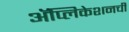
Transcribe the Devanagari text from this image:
अॅप्लिकेशनची